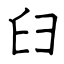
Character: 𦥑